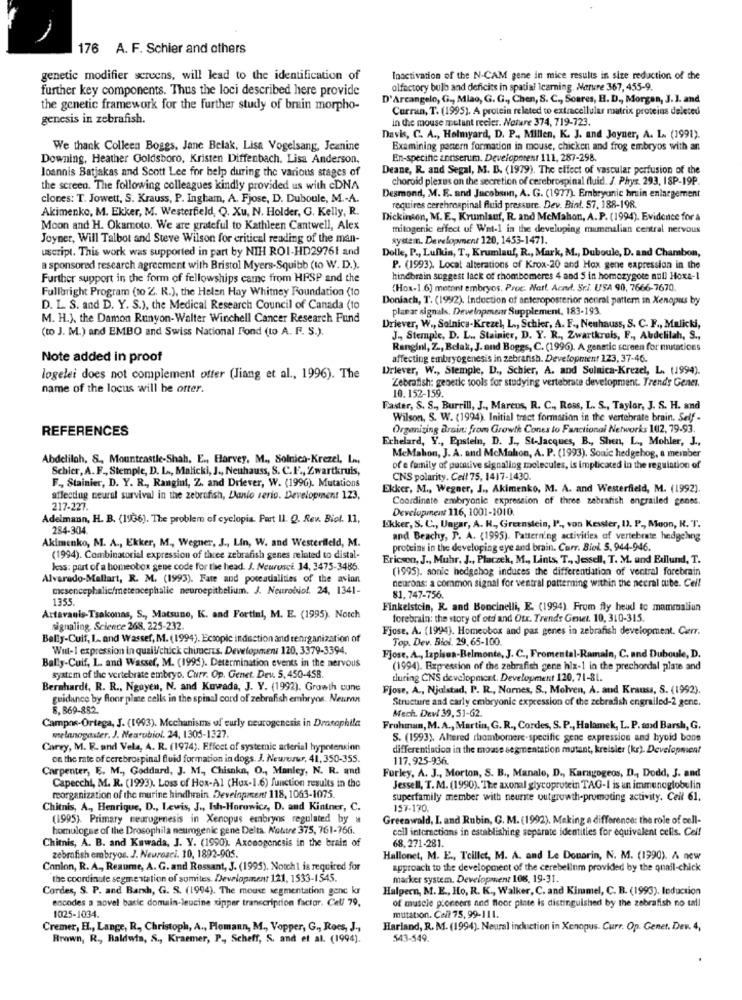
176 A. F. Schier and others
genetic modifier screens, will lead to the identification of
Inactivation of the N-CAM gene in mice results in size reduction of the
further key components. Thus the loci described here provide
olfactory bulb and deficits in spatial learning. Nature 367, 455-9.
D'Arcangelo, G ., Miao, G. G ., Chen, S. C ., Soares, H. D ., Morgan, J. ]. and
the genetic framework for the further study of brain morpho-
Curran, T. (1995). A protein related to extracellular matrix proteins deleted
genesis in zebrafish.
in the mouse mutant reeler. Noture 374, 719-723.
Davis, C. A ., Holmyard, D. P ., Millen, K. J. and Joyner, A. L. (1991).
We thank Colleen Boggs, Jane Belak, Lisa Vogelsang, Jeanine
Examining pattern formation in mouse, chicken and frog embryos with an
Downing, Heather Goldsboro, Kristen Diffenbach. Lisa Anderson.
En-specific antiserum. Development 111, 287-298.
Joannis Batjakas and Scott Lee for help during the various stages of
Deane, R. and Segal, M. B. (1979). The effect of vascular perfusion of the
choroid plexus on the secretion of cerebrospinal fluid. J. Phys. 293, 18P-19P.
the screen. The following colleagues kindly provided us with cDNA
clones: T. Jowett, S. Krauss, P. Ingham, A. Fjose, D. Duboule, M .- A.
Desmond, M. E. and Jacobsen, A. G. (1977). Embryonic hruin enlargement
Akimenko, M. Ekker, M. Westerfield, Q. Xu, N. Holder, G. Kelly, R.
requires cerebrospinal fluid pressure. Dev. Bin !. 57, 188-198.
Dickinson, M. E. Krumlauf, R. and McMahon, A. P. (1994). Evidence for à
Moon and H. Okamoto. We are grateful to Kathleen Cantwell, Alex
mitogenic effect uf Wat-1 in the developing mammalian central nervous
Joyner, Will Talbot and Steve Wilson for critical reading of the man-
system. Development 120, 1453-1471.
uscript. This work was supported in part by NIH ROI-HD29761 and
Dolle, P ., Lufkin, T ., Krumlauf, R ., Mark, M ., Duboule, D. and Chambon,
a sponsored research agreement with Bristol Myers-Squibb (to W. D.).
P. (1993). Local alterations of Krox-20 and Hox gene expression in the
Further support in the form of fellowships came from HRSP and the
hincbrain suggest lack of rhombomeres 4 and 5 in homozygote null Hoxa-1
Fullbright Program (to Z. R.), the Helen Hay Whitney Foundation (to
(Hox-1.6) metont embryos. Proc. Natt, Acnd. Sr.l. USA 90, 7666-7670.
Doniach, T. (1992). Induction of anteroposterior neural pattern in Xenopus by
D. L. S. and D. Y. S.), the Medical Research Council of Canada (to
planar signals. Development Supplement, 183-193
M. H.), the Damon Runyon-Walter Winchell Cancer Research Fund
(to J. M.) and EMBO and Swiss National Fond (to A. F. S.).
Driever, W ., Solnica-Krezel, L ., Schier, A. F ., Neuhauss, S. C. F ., Malicki,
J ., Stemple, D. L ., Stainier, D. Y. R ., Zwartkruis, F ., Abdelilah, S .,
Rangini, Z ., Belak, J. and Boggs, C. (1996). A genetic screen for mutations
Note added in proof
affecting embryogenesis in zebransh. Development 123, 37-46.
Drlever, W ., Stemple, D ., Schier, A. and Solnica-Krezel, L. (1994).
logelei does not complement otter (Jiang et al ., 1996). The
Zebrafish: generic tools for studying vertebrate development. Trends Gener.
name of the locus will be orter.
10. 152-159.
Faster, S. S ., Burrill, J ., Marcus, R. C ., Ross, L. S ., Taylor, J. S. H. and
Wilson, S. W. (1994). Initial tract formation in the vertebrate brain. Self .
REFERENCES
Organizing Brain: from Growth Cones to Fanctional Networks 102, 79-93.
Echelard, Y ., Epstein, D. J ., St-Jacques, B ., Shen, L ., Mohler, J .,
Abdelilah, S ., Mountcastle-Shah, E ., Harvey. M ., Solnico-Krezel, Le
McMahon, J. A. and McMahon, A. P. (1993). Souic hedgehog, a member
Schier, A. F ., Stemple, D. L ., Malicki, J ., Neuhauss, S. C.F ., Zwartkruis,
of e family of putative signaling molecules, is implicated in the regulation of
F ., Stainier, D. Y. R ., Rangini, Z. and Driever, W. (1996). Mutations
CNS polarity. Cell 75, 1417-1430.
Ekker, M ., Wegner, J ., Akimenko, M. A. and Westerfield, M. (1992).
affecting neural survival in the zebrafish, Danio rerio. Development 123,
Coordinate embryonic expression of three zebrafish engrailed gones.
217-227.
Development 116, 1001-1010.
Adelmann, H. B. (1936). The problem of cyclopia. Put Il. Q. Rev. Biol. 11,
284-304.
Ekker, S. C ., Ungar, A. H ., Greenstein, P' ., von Kesster, I3. P ., Moon, R. T.
Akimenko, M. A ., Ekker, M ., Wegner, J ., Lin, W. and Westerfield, M.
and Beachy, P. A. (1995). Patterning activities of vertebrate hedgehog
proteine in the developing eye and brain. Curr. Biol. 5. 944-946.
(1994). Combinatorial expression of three zebrafish genes related to distal-
Ericson, J ., Muhr, J ., Placzek, M ., Lints, T ., Jessell, T. M. and Edlund, T.
kess: part of a homeobox gene code for the head. J. Meurusci. 14, 3475-3486.
(1995). sonic hedgehog induces the differentiation of ventral forebrain
Alvarado-Mallart, R. M. (1993). Fate and potentialities of the avian
neurons: a common signal for ventral patterning within the necral tube. Cell
mesencephalic/meteocephalic neuroepithelium. J. Neurobiol. 24, 1341-
1355.
81. 747-756.
Finkelstein, R. and Boncinelli, E. (1994) From fly head to mammaliun
Artavanis-Tsakonas, S ., Matsuno, K. and Fortini, M. E. (1995). Notch
forebrain: the story of otd and Otx. Trends Genet. 10, 310-315.
signaling. Science 268, 225-232.
Fjose, A. (1994). Homeobox and pas genes in zebrafish development. Cerr.
Bally-Cuif, L. and Wassef, M. (1994). Ectopic induction and tenrganization of
Top. Dev. Biol. 29, 65-100.
Wut-1 expression In quall/chick chiments. Development 120, 3379-3394.
Fjose, A ., Izpisoa-Belmonte, J. C ., Fromental-Ramaln, C. and Duboule, D.
Bally-Cuif, L. and Wassef, M. (1995). Determination events in the nervous
(1994). Expression of the zebrafish gene his-1 in the prechordal plate and
system of the vertebrate embryo. Curr. Op. Genet. Dev. 5, 450-45B.
turing CNS development. Development 120, 71-81.
Bernhardt, R. R ., Nguyen, N. and Kuwada, J. Y. (1992). Growth cune
Fjose, A ., Njalstad, P. R ., Nornes, S ., Molven, A. and Krauss, S. (1992).
guidance by floor place cells in the spinal cord of zebrafish embryos. Neurot
Structure and carly embryonic expression of the zebrafish engrailed-2 gene.
8. 869-882.
Mech. Dew 39, 51-62.
Campos-Ortega, J. (1993). Mechanisms of eurly neurogenesis in Drosophila
Fruhman, M. A ., Martin, G.R ., Cordes, S. P ., Halamek, L. P. and Barsh, G.
melanogaster. J. Nearubiol. 24, 1305-1327.
S. (1993). Altered rhombomere-specific gene expression and hyoid bone
Carry, M. R. and Vela, A. R. (1974). Effect of systemic arterial hypotension
differentiation in the mouse segmentation mutant, kreisler (kr). Development
on the rate of cerebrospinal fluid formation in dogs. J. Newerwr. 41, 350-355.
117,925-936.
Carpenter, E. M ., Goddard, J. M ., Chisaka, O ., Manley, N. R. and
Capecchi, M. R. (1993). Loss of Hox-Al (Hux-1.6) function results in the
Furley, A. J ., Morton, S. B ., Manale, D ., Karagogeos, D ., Dodd, J. and
Jessell, T. M. (1990). The axonal glycoprotein TAG-I is un immunoglobulin
reorganization of the murine hindhrain. Development 118, 1063-1075.
superfamily member with neurite outgrowth-promoting activity. Cell 61.
Chitnis, A ., Henrique, D ., Lewis, J ., Ish-Horowicz, D. and Kintner, C.
157-170.
(1995). Primary neurogenesis in Xenopus embryos regulated by w
Greenwald, I. and Rubin, G. M. (1992). Making a difference: the role of cell-
homulogne of the Drosophila neurogenic gene Delta. N'autre 375, 761-766.
cell interactions in establishing separate identities for equivalent cells. Cel!
Chitnis, A. B. and Kawada, J. Y. (1990). Axonogenesis in the brain of
68, 271-281.
zebrafish embryos. J. Neurosci. 10, 1892-905.
Hallonet, M. E ., Teillet, M. A. and Le Douarin, N. M. (1990). A new
Conlon, R. A ., Reaume, A. G. and Ressant, J. (1995). Notch1 is required for
approach to the development of the cerebellnm provided by the quail-chick
the coordinate segmentation of somites. Development 121, 1533-1545.
marker system. Development 108, 19-31.
Cordes, S. P. and Barh, G. S. (1994). The mouse segmentation genc kr
Halpern, M. E ., Ho, R. K ., Walker, C. and Kimmel, C. B. (1993). Induction
encodes a novel basic domain-leucine xipper transcription factor. Cel/ 79,
of muscle pioneers and floor pinte is distinguished by the zebrafish no tall
1025-1034.
mutation. Cell 75, 99-111.
Cremer, E ., Lange, R ., Christoph, A ., Plomann, M ., Vopper, G ., Roes, J .,
Harland, R. M. (1994). Neural induction in Xenopus. Curr. Op. Gener. Der. 4,
Brown, R ., Baldwin, S ., Kraemer, P ,, Scheff, S. and et al. (1994).
543-549.